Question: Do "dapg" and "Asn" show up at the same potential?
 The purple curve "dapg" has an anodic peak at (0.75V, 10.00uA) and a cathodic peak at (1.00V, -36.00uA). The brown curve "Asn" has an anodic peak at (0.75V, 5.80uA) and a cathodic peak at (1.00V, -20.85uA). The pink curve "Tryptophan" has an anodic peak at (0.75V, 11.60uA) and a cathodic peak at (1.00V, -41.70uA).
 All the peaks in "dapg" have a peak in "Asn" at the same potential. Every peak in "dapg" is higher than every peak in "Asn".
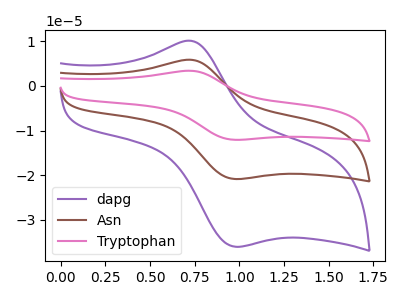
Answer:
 <answer>"dapg" and "Asn" are similar in shape.</answer>
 <eval>same_shape</eval>